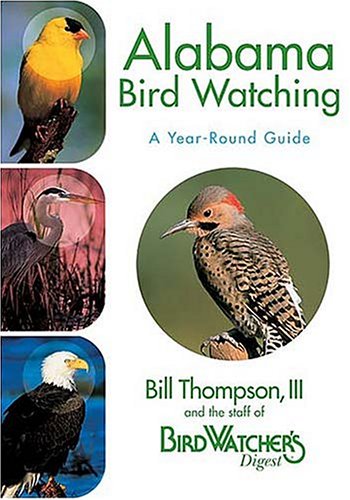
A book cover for Alabama Bird Watching: A Year-Round Guide; Bill Thompson III; Travel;